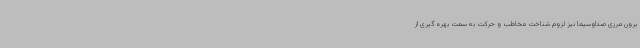
برون مرزی صداوسیما نیز لزوم شناخت مخاطب و حرکت به سمت بهره گیری از